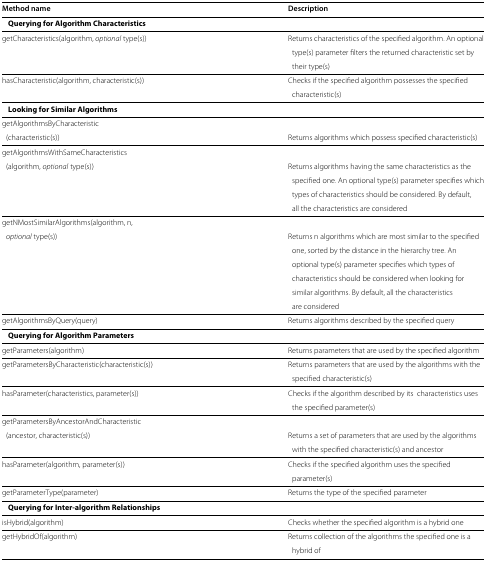
<table><thead><tr><td><b>Method name</b></td><td><b>Description</b></td></tr></thead><tbody><tr><td colspan="2"><b> Querying for Algorithm Characteristics</b></td></tr><tr><td>getCharacteristics(algorithm, <i>optional</i> type(s))</td><td>Returns characteristics of the specified algorithm. An optional</td></tr><tr><td> </td><td>type(s) parameter filters the returned characteristic set by</td></tr><tr><td> </td><td>their type(s)</td></tr><tr><td>hasCharacteristic(algorithm, characteristic(s))</td><td>Checks if the specified algorithm possesses the specified</td></tr><tr><td> </td><td>characteristic(s)</td></tr><tr><td colspan="2"><b> Looking for Similar Algorithms</b></td></tr><tr><td>getAlgorithmsByCharacteristic</td><td> </td></tr><tr><td>(characteristic(s))</td><td>Returns algorithms which possess specified characteristic(s)</td></tr><tr><td>getAlgorithmsWithSameCharacteristics</td><td> </td></tr><tr><td>(algorithm, <i>optional</i> type(s))</td><td>Returns algorithms having the same characteristics as the</td></tr><tr><td> </td><td>specified one. An optional type(s) parameter specifies which</td></tr><tr><td> </td><td>types of characteristics should be considered. By default,</td></tr><tr><td> </td><td>all the characteristics are considered</td></tr><tr><td>getNMostSimilarAlgorithms(algorithm, n,</td><td> </td></tr><tr><td><i>optional</i> type(s))</td><td>Returns n algorithms which are most similar to the specified</td></tr><tr><td> </td><td>one, sorted by the distance in the hierarchy tree. An</td></tr><tr><td> </td><td>optional type(s) parameter specifies which types of</td></tr><tr><td> </td><td>characteristics should be considered when looking for</td></tr><tr><td> </td><td>similar algorithms. By default, all the characteristics</td></tr><tr><td> </td><td>are considered</td></tr><tr><td>getAlgorithmsByQuery(query)</td><td>Returns algorithms described by the specified query</td></tr><tr><td colspan="2"><b> Querying for Algorithm Parameters</b></td></tr><tr><td>getParameters(algorithm)</td><td>Returns parameters that are used by the specified algorithm</td></tr><tr><td>getParametersByCharacteristic(characteristic(s))</td><td>Returns parameters that are used by the algorithms with the</td></tr><tr><td> </td><td>specified characteristic(s)</td></tr><tr><td>hasParameter(characteristics, parameter(s))</td><td>Checks if the algorithm described by its characteristics uses</td></tr><tr><td> </td><td>the specified parameter(s)</td></tr><tr><td>getParametersByAncestorAndCharacteristic</td><td> </td></tr><tr><td>(ancestor, characteristic(s))</td><td>Returns a set of parameters that are used by the algorithms</td></tr><tr><td> </td><td>with the specified characteristic(s) and ancestor</td></tr><tr><td>hasParameter(algorithm, parameter(s))</td><td>Checks if the specified algorithm uses the specified</td></tr><tr><td> </td><td>parameter(s)</td></tr><tr><td>getParameterType(parameter)</td><td>Returns the type of the specified parameter</td></tr><tr><td colspan="2"><b> Querying for Inter-algorithm Relationships</b></td></tr><tr><td>isHybrid(algorithm)</td><td>Checks whether the specified algorithm is a hybrid one</td></tr><tr><td>getHybridOf(algorithm)</td><td>Returns collection of the algorithms the specified one is a</td></tr><tr><td> </td><td>hybrid of</td></tr></tbody></table>